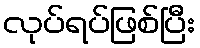
လုပ်ရပ်ဖြစ်ပြီး